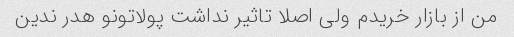
من از بازار خریدم ولی اصلا تاثیر نداشت پولاتونو هدر ندین